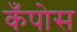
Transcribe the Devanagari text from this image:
कँपोस